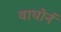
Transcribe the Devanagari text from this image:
वाघोर्न